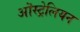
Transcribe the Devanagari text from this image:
ऒस्ट्रेलियन